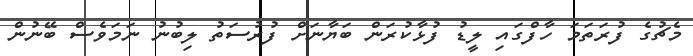
މެޗުގެ ފުރަތަމަ ހާފްގައި ލީޑު ފުޅާކުރަން ބަޔާނަށް ފުރުސަތު ލިބުނު ނަމަވެސް ބޭނުން